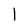
Character: 1